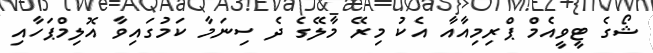
ޝޯގެ ޓީވީއެމް ޕްރިމިއާއާ އެކު މިރޭ މާލޭގެ ދެ ސިނަމާ ކަމުގައިވާ އޮލިމްޕަހާއި